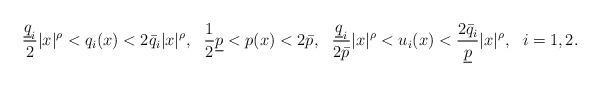
LaTeX: \begin{align*}\frac{\underline{q}_i} 2|x|^\rho<q_i(x)<2 \bar{q}_i|x|^\rho,\ \ \frac12\underline{p}<p(x)<2\bar{p},\ \ \frac{\underline{q}_i}{2\bar{p}}{|x|^\rho}<{u_i(x)} <\frac{2\bar{q}_i}{\underline{p}}{|x|^\rho},\ \ i=1,2.\end{align*}